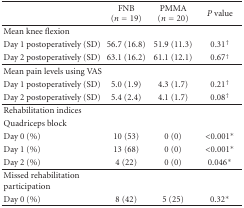
<table><thead><tr><td></td><td><b>FNB (<i>n</i> = 19)</b></td><td><b>PMMA (<i>n</i> = 20)</b></td><td><b><i>P</i> value</b></td></tr></thead><tbody><tr><td>Mean knee flexion</td><td></td><td></td><td></td></tr><tr><td>Day 1 postoperatively (SD)</td><td>56.7 (16.8)</td><td>51.9 (11.3)</td><td>0.31<sup>†</sup></td></tr><tr><td>Day 2 postoperatively (SD)</td><td>63.1 (16.2)</td><td>61.1 (12.1)</td><td>0.67<sup>†</sup></td></tr><tr><td>Mean pain levels using VAS</td><td></td><td></td><td></td></tr><tr><td>Day 1 postoperatively (SD)</td><td>5.0 (1.9)</td><td>4.3 (1.7)</td><td>0.21<sup>†</sup></td></tr><tr><td>Day 2 postoperatively (SD)</td><td>5.4 (2.4)</td><td>4.1 (1.7)</td><td>0.08<sup>†</sup></td></tr><tr><td>Rehabilitation indices</td><td></td><td></td><td></td></tr><tr><td>Quadriceps block</td><td></td><td></td><td></td></tr><tr><td>Day 0 (%)</td><td>10 (53)</td><td>0 (0)</td><td>&lt;0.001*</td></tr><tr><td>Day 1 (%)</td><td>13 (68)</td><td>0 (0)</td><td>&lt;0.001*</td></tr><tr><td>Day 2 (%)</td><td>4 (22)</td><td>0 (0)</td><td>0.046*</td></tr><tr><td>Missed rehabilitation participation</td><td></td><td></td><td></td></tr><tr><td>Day 0 (%)</td><td>8 (42)</td><td>5 (25)</td><td>0.32*</td></tr></tbody></table>